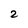
Character: 2